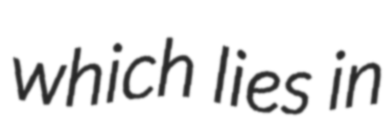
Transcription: which lies in